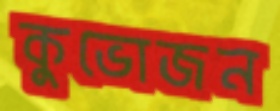
কুভোজন